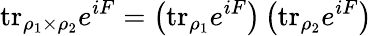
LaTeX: \mathrm{tr}_{\rho_{1}\times\rho_{2}}e^{iF}=\left(\mathrm{tr}_{\rho_{1}}e^{iF}\right)\left(\mathrm{tr}_{\rho_{2}}e^{iF}\right)